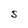
Character: S